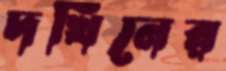
দখিনের